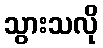
သွားသလို